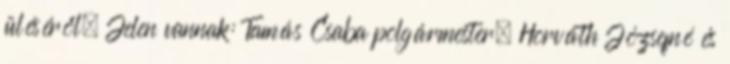
üléséről. Jelen vannak: Tamás Csaba polgármester, Horváth Józsefné és